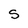
Character: S